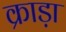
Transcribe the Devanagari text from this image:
क्राड़ा